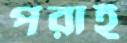
পরাই